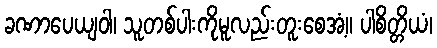
ခဏာပေယျဝါ၊ သူတစ်ပါးကိုမူလည်းတူးစေအံ့။ ပါစိတ္တိယံ၊